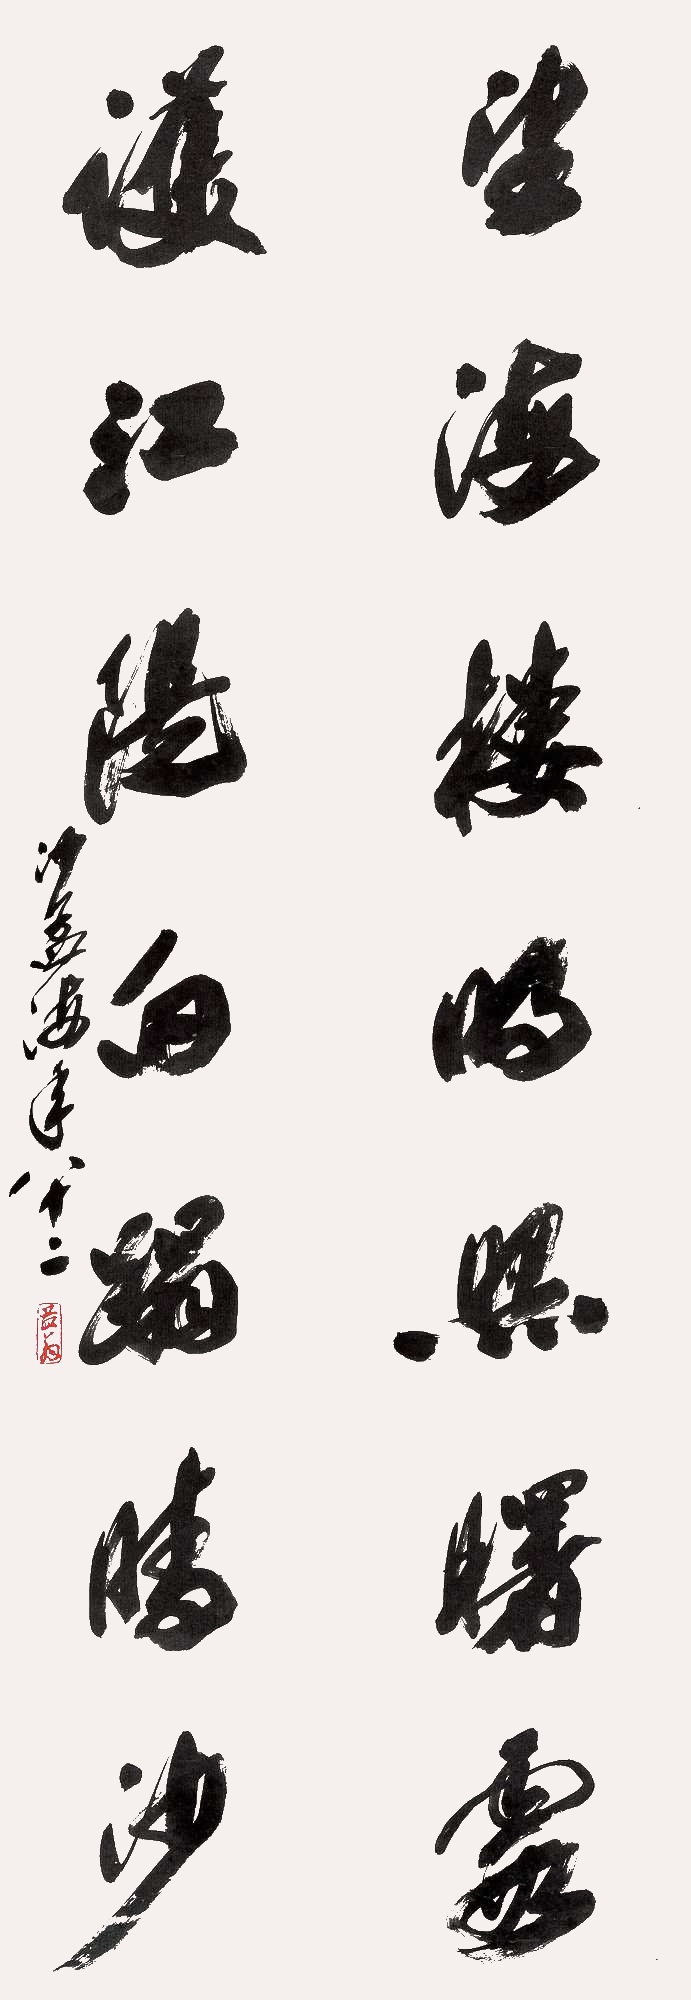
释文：望海楼明照曙霞，护江堤白踏晴沙。沙孟海年八十二。